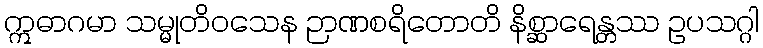
ဣဓာဂမာ သမ္မုတိဝသေန ဉာဏစရိတောတိ နိစ္ဆာရေန္တဿ ဥပသဂ္ဂါ